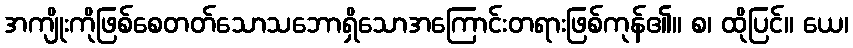
အကျိုးကိုဖြစ်စေတတ်သောသဘောရှိသောအကြောင်းတရားဖြစ်ကုန်၏။ စ၊ ထိုပြင်။ ယေ၊